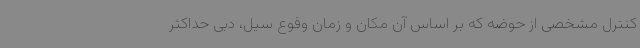
کنترل مشخصی از حوضه که بر اساس آن مکان و زمان وقوع سیل، دبی حداکثر